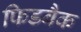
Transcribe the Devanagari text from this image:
फिडबैक